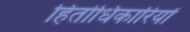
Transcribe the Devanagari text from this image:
हितोधिकारियों